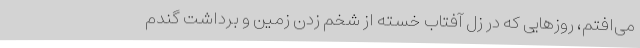
می‌افتم، روزهایی که در زِلّ آفتاب خسته از شخم زدن زمین و برداشت گندم